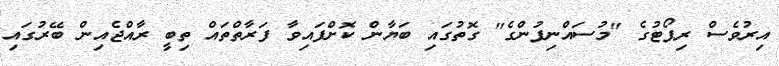
އިރުވެސް ރިޕޯޓުގެ "މުސައްނިފުންގެ" ގޮތުގައި ބަޔާން ކޮށްފައިވާ ފަރާތްތައް ތިބީ ރާއްޖެއިން ބޭރުގައި